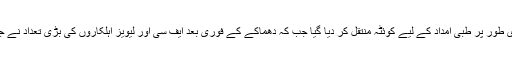
دھماکے میں زخمی ہونے والے ایف سی اہلکاروں کو فوری طور پر طبی امداد کے لیے کوئٹہ منتقل کر دیا گیا جب کہ دھماکے کے فوری بعد ایف سی اور لیویز اہلکاروں کی بڑی تعداد نے جائے وقوعہ پر پہنچ کر واقعے کی تحقیقات کا آغاز کر دیا۔